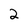
Character: 2